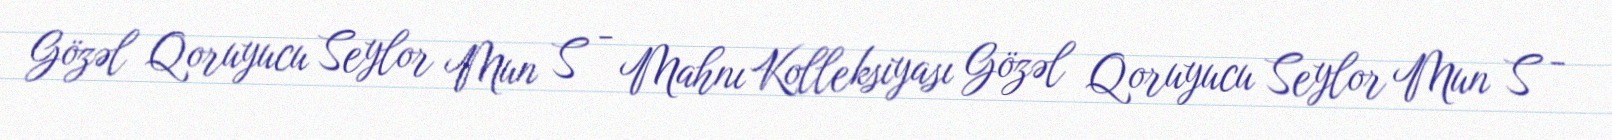
Gözəl Qoruyucu Seylor Mun S - Mahnı Kolleksiyası Gözəl Qoruyucu Seylor Mun S -